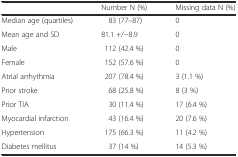
<table><thead><tr><td></td><td><b>Number N (%)</b></td><td><b>Missing data N (%)</b></td></tr></thead><tbody><tr><td>Median age (quartiles)</td><td>83 (77–87)</td><td>0</td></tr><tr><td>Mean age and SD</td><td>81.1 +/−8.9</td><td>0</td></tr><tr><td>Male</td><td>112 (42.4 %)</td><td>0</td></tr><tr><td>Female</td><td>152 (57.6 %)</td><td>0</td></tr><tr><td>Atrial arrhythmia</td><td>207 (78.4 %)</td><td>3 (1.1 %)</td></tr><tr><td>Prior stroke</td><td>68 (25.8 %)</td><td>8 (3 %)</td></tr><tr><td>Prior TIA</td><td>30 (11.4 %)</td><td>17 (6.4 %)</td></tr><tr><td>Myocardial infarction</td><td>43 (16.4 %)</td><td>20 (7.6 %)</td></tr><tr><td>Hypertension</td><td>175 (66.3 %)</td><td>11 (4.2 %)</td></tr><tr><td>Diabetes mellitus</td><td>37 (14 %)</td><td>14 (5.3 %)</td></tr></tbody></table>